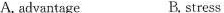
A. advantage B. stress